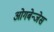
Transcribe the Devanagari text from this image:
ओगबेन्जेस